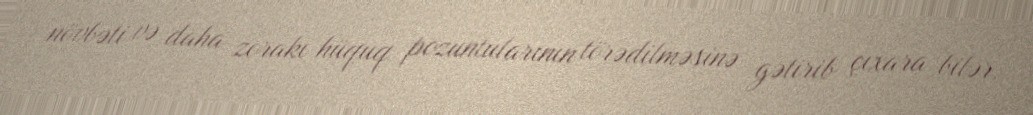
növbəti və daha zorakı hüquq pozuntularının törədilməsinə gətirib çıxara bilər.